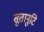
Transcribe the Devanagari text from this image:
सूतानुटि